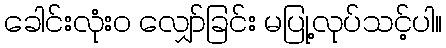
ခေါင်းလုံးဝ လျှော်ခြင်း မပြု့လုပ်သင့်ပါ။